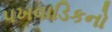
પખવાડિકનો